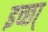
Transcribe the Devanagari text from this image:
इच्छा्